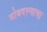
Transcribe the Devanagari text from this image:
मोबदल्याचा